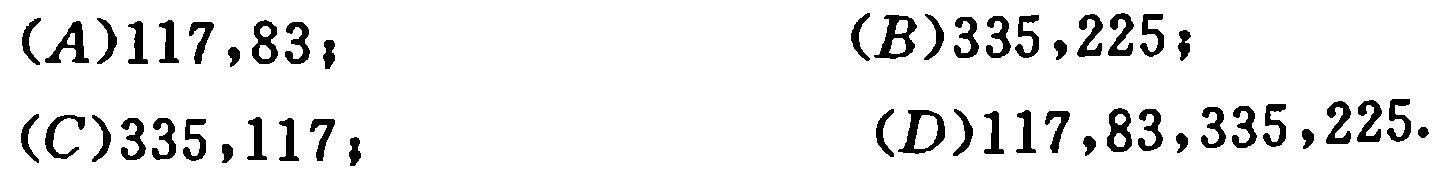
$(A)117,83; \quad (B)335,225;$

$(C)335,117; \quad (D)117,83,335,225.$